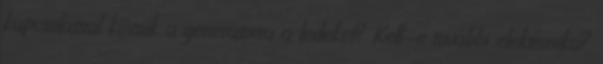
kapcsolással kössük a generátorra a ledeket? Kell-e további elektronika?